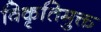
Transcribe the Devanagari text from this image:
विकृतिमुक्त